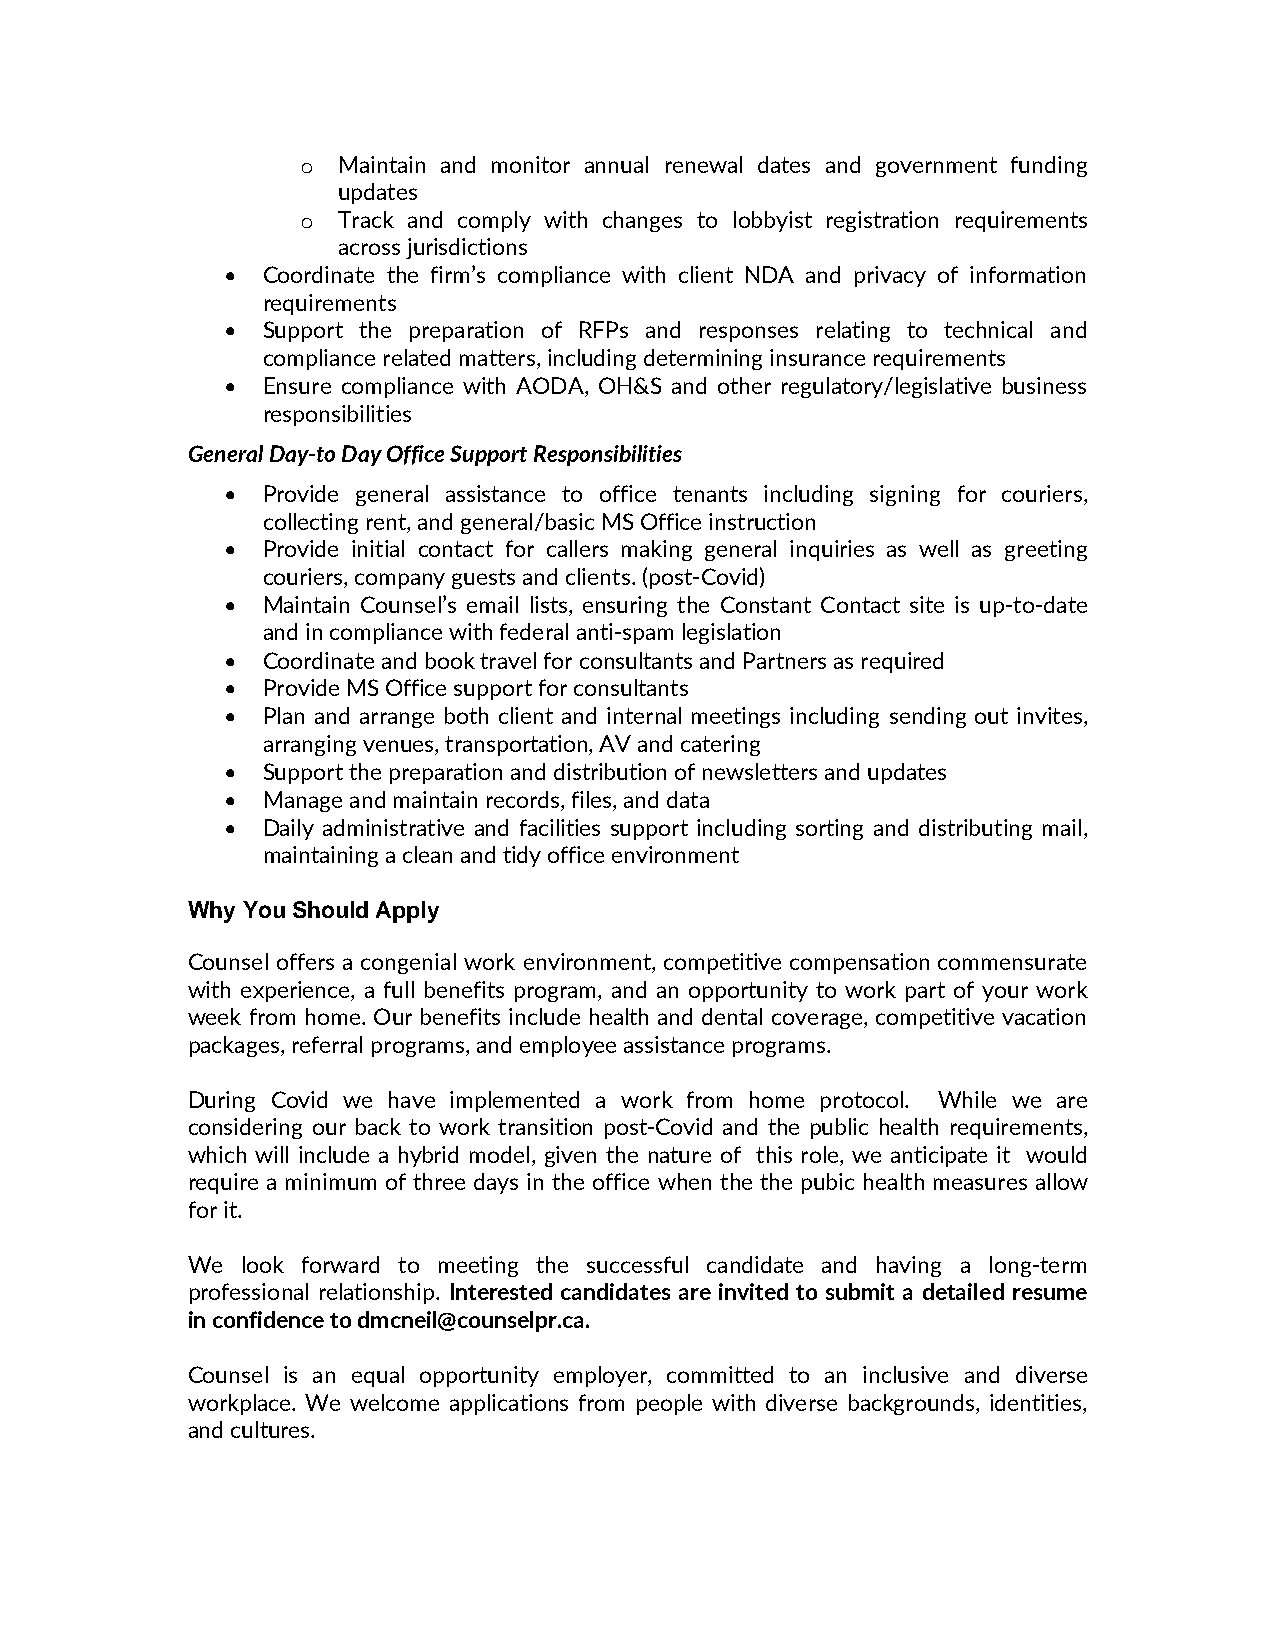
o Maintain and monitor annual renewal dates and government funding
 updates
 o Track and comply with changes to lobbyist registration requirements
 across jurisdictions
 • Coordinate the firm’s compliance with client NDA and privacy of information
 requirements
 • Support the preparation of RFPs and responses relating to technical and
 compliance related matters, including determining insurance requirements
 • Ensure compliance with AODA, OH&S and other regulatory/legislative business
 responsibilities
 General Day-to Day Office Support Responsibilities
 • Provide general assistance to office tenants including signing for couriers,
 collecting rent, and general/basic MS Office instruction
 • Provide initial contact for callers making general inquiries as well as greeting
 couriers, company guests and clients. (post-Covid)
 • Maintain Counsel’s email lists, ensuring the Constant Contact site is up-to-date
 and in compliance with federal anti-spam legislation
 • Coordinate and book travel for consultants and Partners as required
 • Provide MS Office support for consultants
 • Plan and arrange both client and internal meetings including sending out invites,
 arranging venues, transportation, AV and catering
 • Support the preparation and distribution of newsletters and updates
 • Manage and maintain records, files, and data
 • Daily administrative and facilities support including sorting and distributing mail,
 maintaining a clean and tidy office environment
 Why You Should Apply
 Counsel offers a congenial work environment, competitive compensation commensurate
 with experience, a full benefits program, and an opportunity to work part of your work
 week from home. Our benefits include health and dental coverage, competitive vacation
 packages, referral programs, and employee assistance programs.
 During Covid we have implemented a work from home protocol. While we are
 considering our back to work transition post-Covid and the public health requirements,
 which will include a hybrid model, given the nature of this role, we anticipate it would
 require a minimum of three days in the office when the the pubic health measures allow
 for it.
 We  look forward to meeting the successful candidate and having a long-term
 professional relationship. Interested candidates are invited to submit a detailed resume
 in confidence to dmcneil@counselpr.ca.
 Counsel is an equal opportunity employer, committed to an inclusive and diverse
 workplace. We welcome applications from people with diverse backgrounds, identities,
 and cultures.